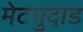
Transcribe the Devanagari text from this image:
मेटगुदाड